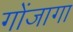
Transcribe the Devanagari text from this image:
गोंजागा